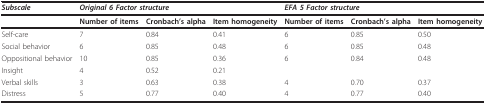
<table><thead><tr><td><b><i>Subscale </i></b></td><td colspan="3"><b><i>Original 6 Factor structure </i></b></td><td colspan="3"><b><i>EFA 5 Factor structure </i></b></td></tr></thead><tbody><tr><td></td><td><b>Number of items</b></td><td><b>Cronbach&#x27;s alpha</b></td><td><b>Item homogeneity</b></td><td><b>Number of items</b></td><td><b>Cronbach&#x27;s alpha</b></td><td><b>Item homogeneity</b></td></tr><tr><td>Self-care</td><td>7</td><td>0.84</td><td>0.41</td><td>6</td><td>0.85</td><td>0.50</td></tr><tr><td>Social behavior</td><td>6</td><td>0.85</td><td>0.48</td><td>6</td><td>0.85</td><td>0.48</td></tr><tr><td>Oppositional behavior</td><td>10</td><td>0.85</td><td>0.36</td><td>6</td><td>0.84</td><td>0.48</td></tr><tr><td>Insight</td><td>4</td><td>0.52</td><td>0.21</td><td></td><td></td><td></td></tr><tr><td>Verbal skills</td><td>3</td><td>0.63</td><td>0.38</td><td>4</td><td>0.70</td><td>0.37</td></tr><tr><td>Distress</td><td>5</td><td>0.77</td><td>0.40</td><td>4</td><td>0.77</td><td>0.40</td></tr></tbody></table>